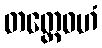
တတ္ထေဝဟံ